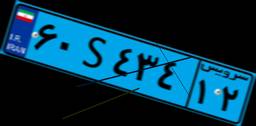
۶۰S۴۳۴۱۲